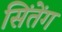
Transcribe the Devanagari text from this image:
सिंतेंग